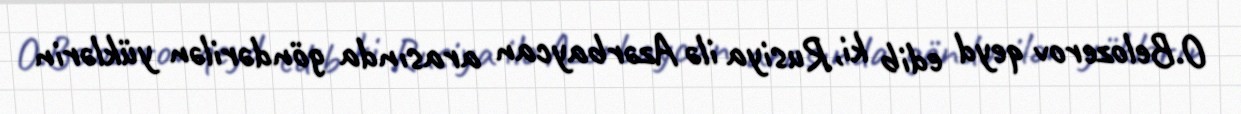
O.Belozerov qeyd edib ki, Rusiya ilə Azərbaycan arasında göndərilən yüklərin